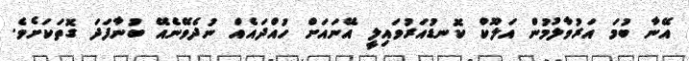
އޭނާ ބުމަ އަރުވާލުމުން އަލޫކް ކޮނޑުއަރުވައިލީ އޭނައަށް ހުއްދައެއް ނުދެވޭނެއޭ ބުނާފަދަ ގޮތަކަށެވެ.